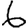
Digit: 6